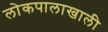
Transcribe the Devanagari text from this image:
लोकपालाखाली